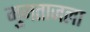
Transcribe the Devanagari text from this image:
मुमताजला